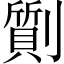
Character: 劕